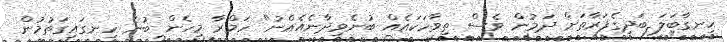
ހިނގާބަލަ ބަދިގެފަރާތަށް ދަމުން ވެސް ތިވާހަކައެއް ބުނެވިދާނެއެއްނު" ހަމްރާ މިހެން ބުނެ ހިނގައިގަތުމުން